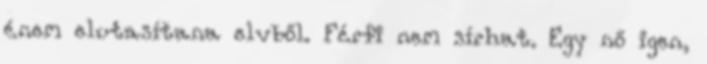
énem elutasítana elvből. Férfi nem sírhat. Egy nő igen,